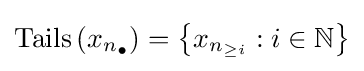
\operatorname {Tails} \left(x_{n_{\bullet }}\right)=\left\{x_{n_{\geq i}}:i\in \mathbb {N} \right\}